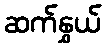
ဆက်နွှယ်